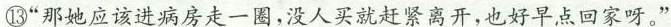
”那她应该进病房走一圈，没人买就赶紧离开，也好早点回家呀。”